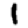
Digit: 1